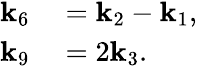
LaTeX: \begin{array}{rl}{\mathbf{k}_{6}}&{{}=\mathbf{k}_{2}-\mathbf{k}_{1},}\\ {\mathbf{k}_{9}}&{{}=2\mathbf{k}_{3}.}\end{array}